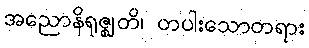
အညောနိရုဇ္ဈတိ၊ တပါးသောတရား